画像に写った文字を読んでください
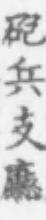
「砲兵支廳」と書いてあります